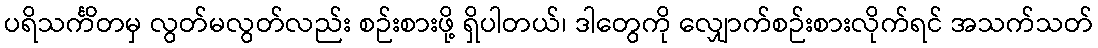
ပရိသင်္ကိတမှ လွတ်မလွတ်လည်း စဉ်းစားဖို့ ရှိပါတယ်၊ ဒါတွေကို လျှောက်စဉ်းစားလိုက်ရင် အသက်သတ်